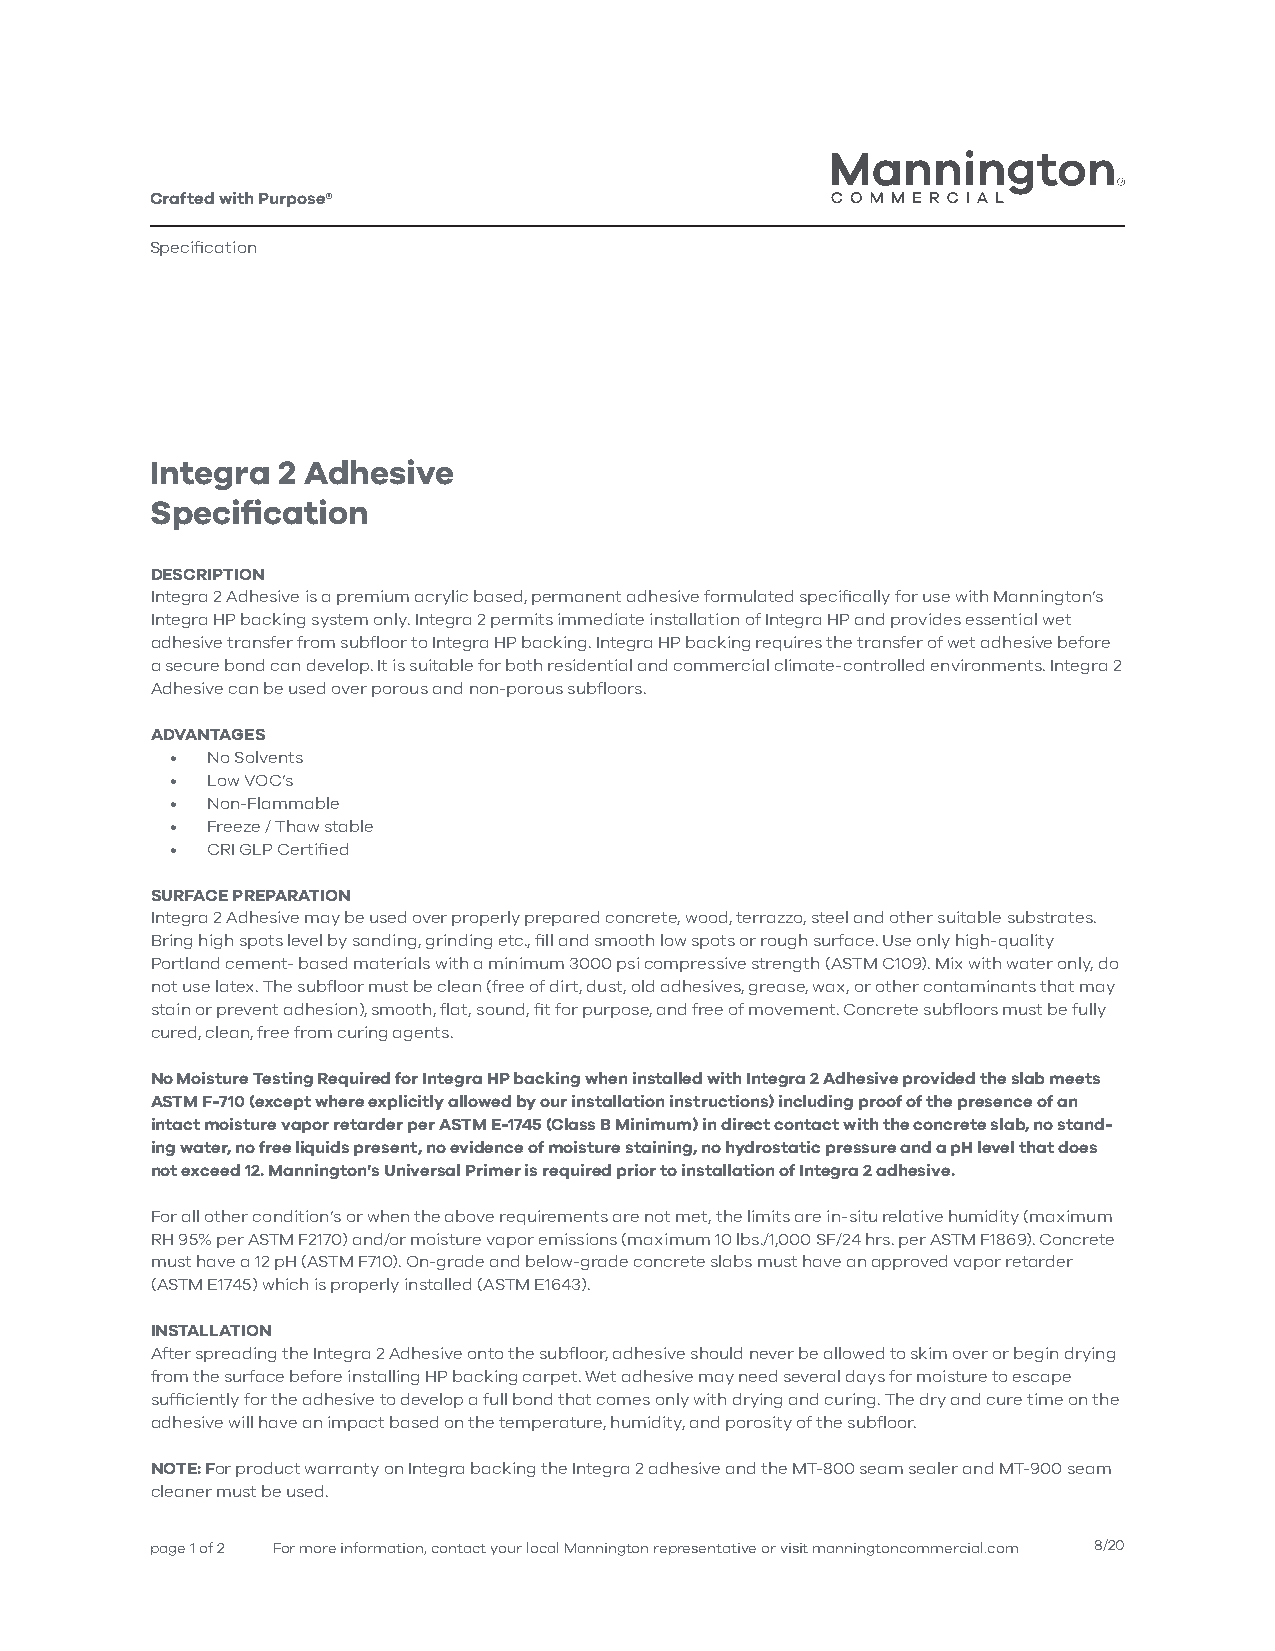
Crafted with Purpose®
 Specification
 Integra 2 Adhesive
 Specification
 DESCRIPTION
 Integra 2 Adhesive is a premium acrylic based, permanent adhesive formulated specifically for use with Mannington’s
 Integra HP backing system only. Integra 2 permits immediate installation of Integra HP and provides essential wet
 adhesive transfer from subfloor to Integra HP backing. Integra HP backing requires the transfer of wet adhesive before
 a secure bond can develop. It is suitable for both residential and commercial climate-controlled environments. Integra 2
 Adhesive can be used over porous and non-porous subfloors.
 ADVANTAGES
 •  No Solvents
 •  Low VOC’s
 •  Non-Flammable
 •  Freeze / Thaw stable
 •  CRI GLP Certified
 SURFACE PREPARATION
 Integra 2 Adhesive may be used over properly prepared concrete, wood, terrazzo, steel and other suitable substrates.
 Bring high spots level by sanding, grinding etc., fill and smooth low spots or rough surface. Use only high-quality
 Portland cement- based materials with a minimum 3000 psi compressive strength (ASTM C109). Mix with water only, do
 not use latex. The subfloor must be clean (free of dirt, dust, old adhesives, grease, wax, or other contaminants that may
 stain or prevent adhesion), smooth, flat, sound, fit for purpose, and free of movement. Concrete subfloors must be fully
 cured, clean, free from curing agents.
 No Moisture Testing Required for Integra HP backing when installed with Integra 2 Adhesive provided the slab meets
 ASTM F-710 (except where explicitly allowed by our installation instructions) including proof of the presence of an
 intact moisture vapor retarder per ASTM E-1745 (Class B Minimum) in direct contact with the concrete slab, no stand-
 ing water, no free liquids present, no evidence of moisture staining, no hydrostatic pressure and a pH level that does
 not exceed 12. Mannington’s Universal Primer is required prior to installation of Integra 2 adhesive.
 For all other condition’s or when the above requirements are not met, the limits are in-situ relative humidity (maximum
 RH 95% per ASTM F2170) and/or moisture vapor emissions (maximum 10 lbs./1,000 SF/24 hrs. per ASTM F1869). Concrete
 must have a 12 pH (ASTM F710). On-grade and below-grade concrete slabs must have an approved vapor retarder
 (ASTM E1745) which is properly installed (ASTM E1643).
 INSTALLATION
 After spreading the Integra 2 Adhesive onto the subfloor, adhesive should never be allowed to skim over or begin drying
 from the surface before installing HP backing carpet. Wet adhesive may need several days for moisture to escape
 sufficiently for the adhesive to develop a full bond that comes only with drying and curing. The dry and cure time on the
 adhesive will have an impact based on the temperature, humidity, and porosity of the subfloor.
 NOTE: For product warranty on Integra backing the Integra 2 adhesive and the MT-800 seam sealer and MT-900 seam
 cleaner must be used.
 page 1 of 2 For more information, contact your local Mannington representative or visit manningtoncommercial.com 8/20